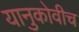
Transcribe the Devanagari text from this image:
यानुकोवीच